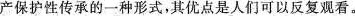
产保护性传承的一种形式，其优点是人们可以反复观看。